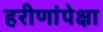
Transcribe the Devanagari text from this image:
हरीणांपेक्षा